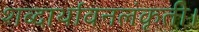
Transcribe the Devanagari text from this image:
शब्दार्थावनलंकृती।